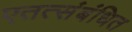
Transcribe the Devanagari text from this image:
एतत्संबंधित